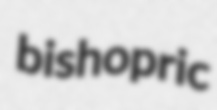
bishopric